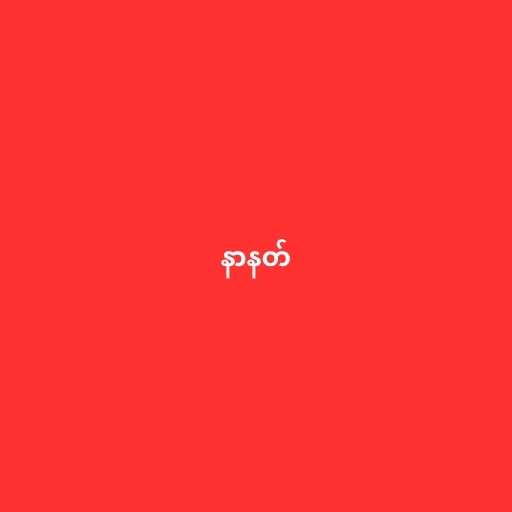
နာနတ်